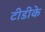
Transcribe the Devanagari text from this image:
टीडीके